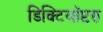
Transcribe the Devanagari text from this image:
डिक्टियॉप्टरा